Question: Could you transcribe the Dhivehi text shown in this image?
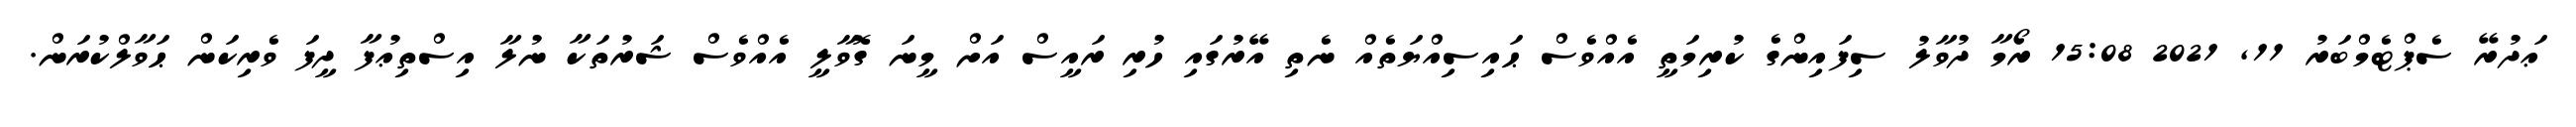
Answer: ޢަދުރޭ ސެޕްޓެމްބަރު 11, 2021 15:08 ރޯމާ ދުވާލު ސިފައިންގެ ކުރިމަތީ އެއްވެސް ޙައިސިއްޔަތެއް ނެތި އޭރުގައި ހުރި ރައީސް އަށް މީނަ ގޮވާލީ އެއްވެސް ޝަރުތަކާ ނުލާ އިސްތިޢުފާ ދީފަ ވެރިކަން ޙަވާލްކުރަން.